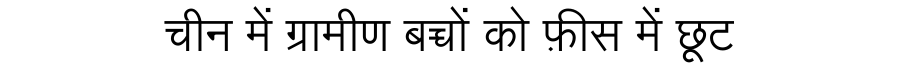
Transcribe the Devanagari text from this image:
चीन में ग्रामीण बच्चों को फ़ीस में छूट